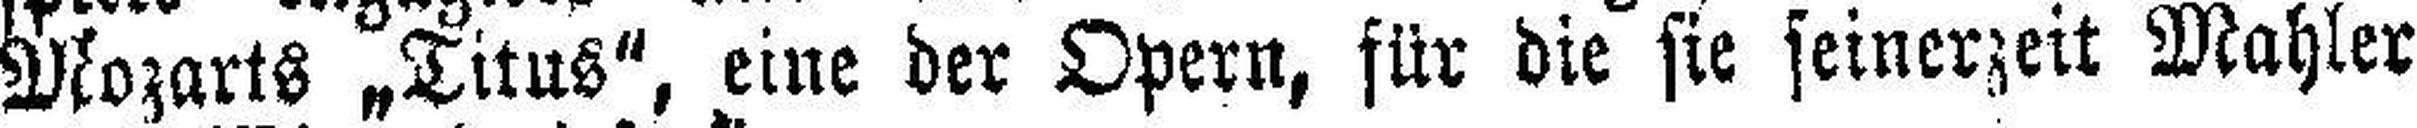
Mozarts „Titus“, eine der Opern, für die sie seinerzeit Mahler